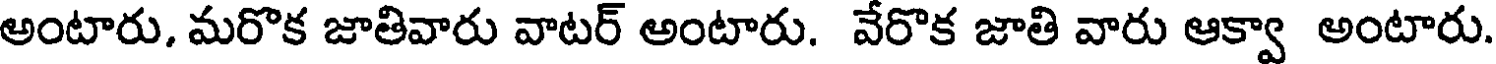
అంటారు, మరొక జాతివారు వాటర్ అంటారు. వేరొక జాతి వారు ఆక్వా అంటారు.